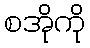
စအိုကို